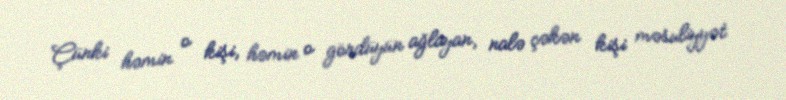
Çünki həmin o kişi, həmin o gördüyün ağlayan, nalə çəkən kişi məsuliyyət